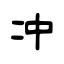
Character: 冲